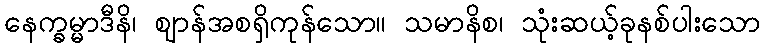
နေက္ခမ္မာဒီနိ၊ ဈာန်အစရှိကုန်သော။ သမာနိစ၊ သုံးဆယ့်ခုနစ်ပါးသော